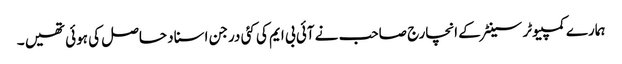
ہمارے کمپیوٹر سینٹر کے انچارج صاحب نے آئی بی ایم کی کئی درجن اسناد حاصل کی ہوئی تھیں ۔